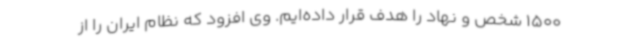
1500 شخص و نهاد را هدف قرار داده‌ایم. وی افزود که نظام ایران را از